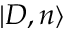
| D , n \rangle